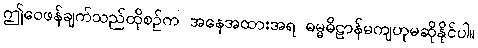
ဤဝေဖန်ချက်သည်ထိုစဉ်က အနေအထားအရ ဓမ္မဓိဠာန်မကျဟုမဆိုနိုင်ပါ။